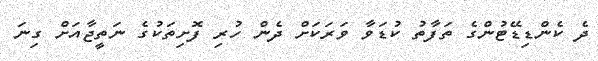
ދެ ކެންޑިޑޭޓުންގެ ތަފާތު ކުޑަވާ ވަރަކަށް ދެން ހުރި ފޮށިތަކުގެ ނަތީޖާއަށް ގިނަ